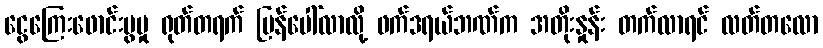
ငွေကြေးဖောင်းပွမှု ရုတ်တရက် ပြန်ပေါ်လာလို့ ဖက်ဒရယ်ဘဏ်က အတိုးနှုန်း တက်လာရင် လတ်တလော